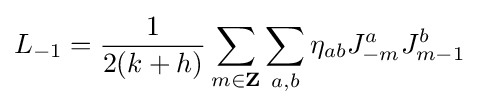
L_{-1}={\frac {1}{2(k+h)}}\sum _{m\in \mathbf {Z} }\sum _{a,b}\eta _{ab}J_{-m}^{a}J_{m-1}^{b}